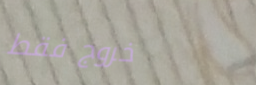
خروج فقط